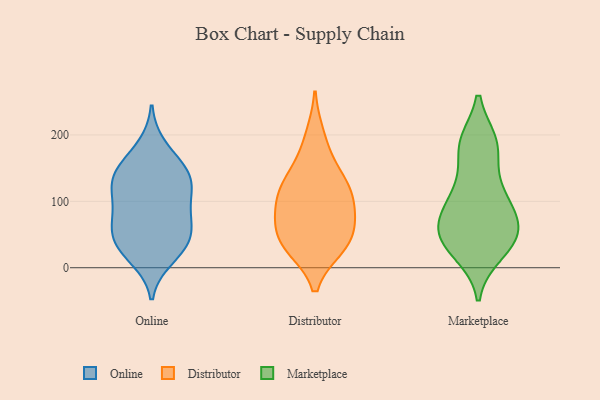
{"axis": {"x": "Website Visitors", "y": "Value"}, "legend": ["Distributor", "Marketplace", "Online"], "data": [{"x": "", "y": 33, "type": "Online"}, {"x": "", "y": 156, "type": "Online"}, {"x": "", "y": 182, "type": "Online"}, {"x": "", "y": 115, "type": "Online"}, {"x": "", "y": 138, "type": "Online"}, {"x": "", "y": 94, "type": "Online"}, {"x": "", "y": 130, "type": "Online"}, {"x": "", "y": 35, "type": "Online"}, {"x": "", "y": 61, "type": "Online"}, {"x": "", "y": 62, "type": "Online"}, {"x": "", "y": 89, "type": "Online"}, {"x": "", "y": 143, "type": "Online"}, {"x": "", "y": 64, "type": "Online"}, {"x": "", "y": 130, "type": "Online"}, {"x": "", "y": 15, "type": "Online"}, {"x": "", "y": 30, "type": "Online"}, {"x": "", "y": 163, "type": "Distributor"}, {"x": "", "y": 116, "type": "Distributor"}, {"x": "", "y": 44, "type": "Distributor"}, {"x": "", "y": 30, "type": "Distributor"}, {"x": "", "y": 117, "type": "Distributor"}, {"x": "", "y": 81, "type": "Distributor"}, {"x": "", "y": 200, "type": "Distributor"}, {"x": "", "y": 30, "type": "Distributor"}, {"x": "", "y": 134, "type": "Distributor"}, {"x": "", "y": 91, "type": "Distributor"}, {"x": "", "y": 119, "type": "Distributor"}, {"x": "", "y": 65, "type": "Distributor"}, {"x": "", "y": 69, "type": "Distributor"}, {"x": "", "y": 31, "type": "Distributor"}, {"x": "", "y": 22, "type": "Marketplace"}, {"x": "", "y": 184, "type": "Marketplace"}, {"x": "", "y": 99, "type": "Marketplace"}, {"x": "", "y": 187, "type": "Marketplace"}, {"x": "", "y": 188, "type": "Marketplace"}, {"x": "", "y": 44, "type": "Marketplace"}, {"x": "", "y": 94, "type": "Marketplace"}, {"x": "", "y": 51, "type": "Marketplace"}, {"x": "", "y": 60, "type": "Marketplace"}, {"x": "", "y": 119, "type": "Marketplace"}, {"x": "", "y": 78, "type": "Marketplace"}, {"x": "", "y": 31, "type": "Marketplace"}, {"x": "", "y": 58, "type": "Marketplace"}, {"x": "", "y": 64, "type": "Marketplace"}, {"x": "", "y": 122, "type": "Marketplace"}, {"x": "", "y": 184, "type": "Marketplace"}, {"x": "", "y": 31, "type": "Marketplace"}]}